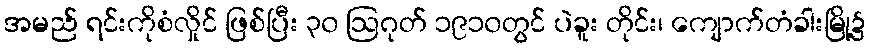
အမည် ရင်းကိုစံလှိုင် ဖြစ်ပြီး ၃၀ ဩဂုတ် ၁၉၁၀တွင် ပဲခူး တိုင်း၊ ကျောက်တံခါးမြို့၌